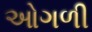
ઓગળી